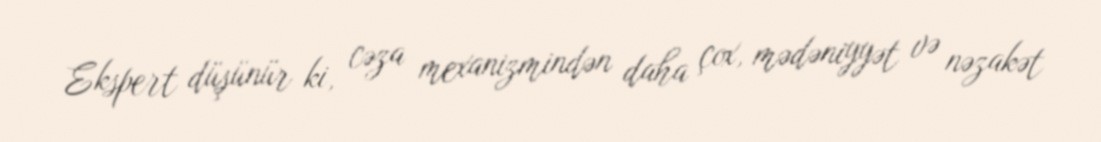
Ekspert düşünür ki, cəza mexanizmindən daha çox, mədəniyyət və nəzakət